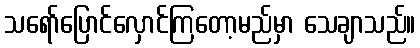
သရော်ပြောင်လှောင်ကြတော့မည်မှာ သေချာသည်။